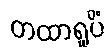
တထာရူပိံ